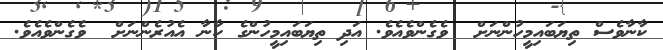
ކާނާވެސް ތިޔަބައިމީހުންނަށް  ވެގެންވެއެވެ. އަދި ތިޔަބައިމީހުންގެ ކާނާ އެއުރެންނަށް  ވެގެންވެއެވެ.